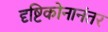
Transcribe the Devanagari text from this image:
दृष्टिकोनानंतर